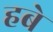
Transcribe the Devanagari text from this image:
हबे